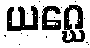
ယဂ္ဃေ